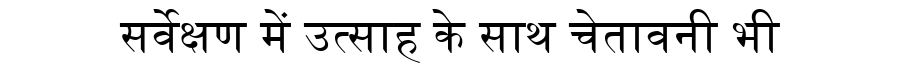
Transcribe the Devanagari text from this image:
सर्वेक्षण में उत्साह के साथ चेतावनी भी